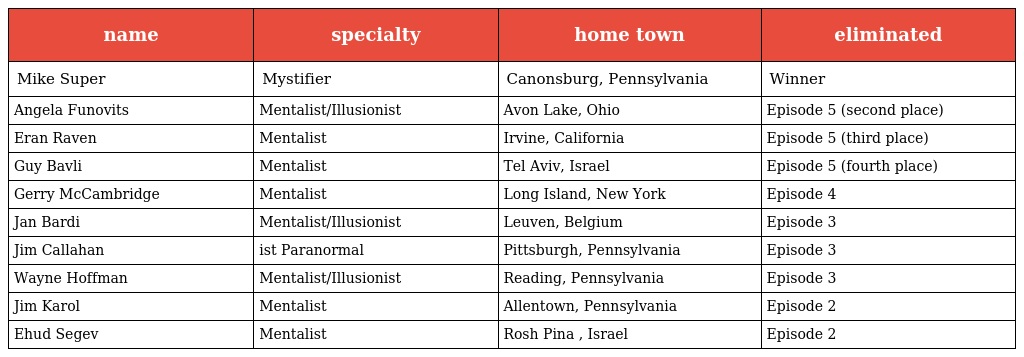
| name | specialty | home town | eliminated |
 | --- | --- | --- | --- |
 | Mike Super | Mystifier | Canonsburg, Pennsylvania | Winner |
 | Angela Funovits | Mentalist/Illusionist | Avon Lake, Ohio | Episode 5 (second place) |
 | Eran Raven | Mentalist | Irvine, California | Episode 5 (third place) |
 | Guy Bavli | Mentalist | Tel Aviv, Israel | Episode 5 (fourth place) |
 | Gerry McCambridge | Mentalist | Long Island, New York | Episode 4 |
 | Jan Bardi | Mentalist/Illusionist | Leuven, Belgium | Episode 3 |
 | Jim Callahan | ist Paranormal | Pittsburgh, Pennsylvania | Episode 3 |
 | Wayne Hoffman | Mentalist/Illusionist | Reading, Pennsylvania | Episode 3 |
 | Jim Karol | Mentalist | Allentown, Pennsylvania | Episode 2 |
 | Ehud Segev | Mentalist | Rosh Pina , Israel | Episode 2 |